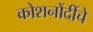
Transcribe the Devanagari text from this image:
कोशनोंदींचे